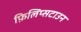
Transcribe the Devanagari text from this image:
फ़िलिप्सटाउन